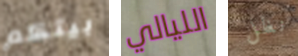
بيتكم الليالي نظل